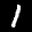
Label: 1